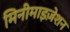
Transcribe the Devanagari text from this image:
मिनीमाइज़ेशन